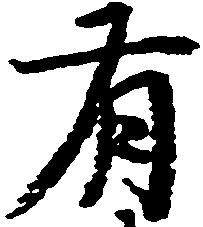
有